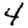
Digit: 4